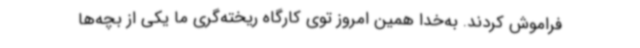
فراموش کردند. به‌خدا همین امروز توی کارگاه ریخته‌گری ما یکی از بچه‌ها